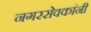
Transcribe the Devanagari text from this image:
नगरसेवकांनी